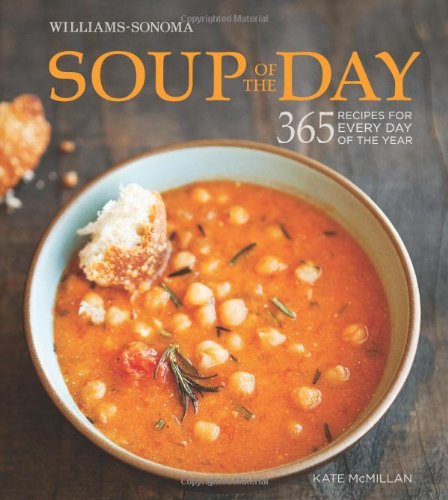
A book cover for Soup of the Day (Williams-Sonoma): 365 Recipes for Every Day of the Year; Kate McMillan; Cookbooks, Food & Wine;